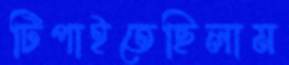
টিপাইতেছিলাম